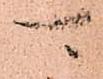
可